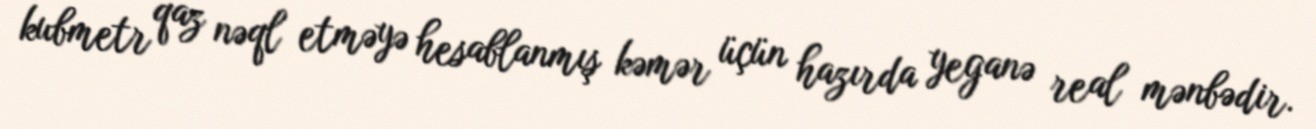
kubmetr qaz nəql etməyə hesablanmış kəmər üçün hazırda yeganə real mənbədir.